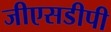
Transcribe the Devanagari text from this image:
जीएसडीपी